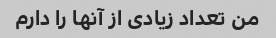
من تعداد زیادی از آنها را دارم